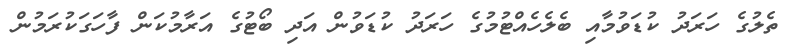
ތެލުގެ ހަރަދު ކުޑަވުމާއި ބެލެހެއްޓުމުގެ ހަރަދު ކުޑަވުން އަދި ބޯޓުގެ އަރާމުކަން ފާހަގަކުރަމުން